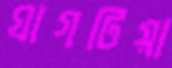
ঘাগটিয়া